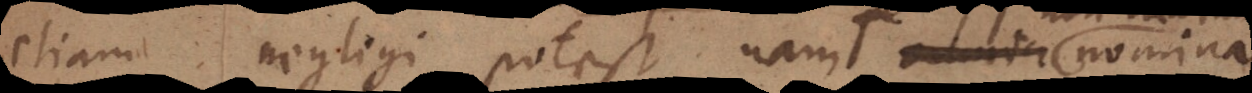
etiam negligi potest, nam omnia